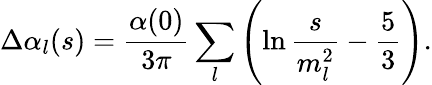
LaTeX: \Delta\alpha_{l}(s)={\frac{\alpha(0)}{3\pi}}\sum_{l}\left(\ln{\frac{s}{m_{l}^{2}}}-{\frac{5}{3}}\right).